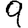
Digit: 9